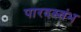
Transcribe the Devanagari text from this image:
पारदस्तंभ